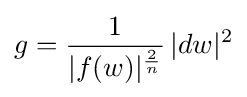
g={\frac {1}{|f(w)|^{\frac {2}{n}}}}\,|dw|^{2}